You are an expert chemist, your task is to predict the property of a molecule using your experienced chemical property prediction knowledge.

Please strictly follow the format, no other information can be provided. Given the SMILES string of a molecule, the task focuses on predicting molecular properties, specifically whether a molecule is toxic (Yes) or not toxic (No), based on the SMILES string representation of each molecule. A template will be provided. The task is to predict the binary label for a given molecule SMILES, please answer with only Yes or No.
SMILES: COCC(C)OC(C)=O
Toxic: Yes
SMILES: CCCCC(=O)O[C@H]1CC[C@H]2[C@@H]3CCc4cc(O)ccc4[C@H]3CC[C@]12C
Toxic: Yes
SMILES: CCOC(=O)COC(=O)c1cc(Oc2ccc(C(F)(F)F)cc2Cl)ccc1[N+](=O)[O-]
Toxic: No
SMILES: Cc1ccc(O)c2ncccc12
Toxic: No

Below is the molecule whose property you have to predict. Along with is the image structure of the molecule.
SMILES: CC1(COc2ccc(CC3SC(=O)NC3=O)cc2)CCCCC1
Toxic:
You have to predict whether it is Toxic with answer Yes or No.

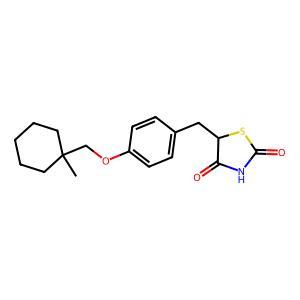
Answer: No